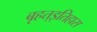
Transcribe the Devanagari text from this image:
बृहत्इतिहास